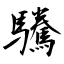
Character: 驣